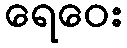
ရေဝေး